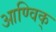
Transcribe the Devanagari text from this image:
आण्विक्